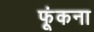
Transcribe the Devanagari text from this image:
फूंकना